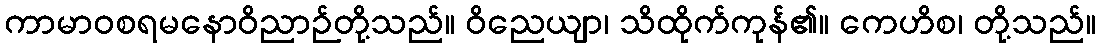
ကာမာဝစရမနောဝိညာဉ်တို့သည်။ ဝိညေယျာ၊ သိထိုက်ကုန်၏။ ကေဟိစ၊ တို့သည်။